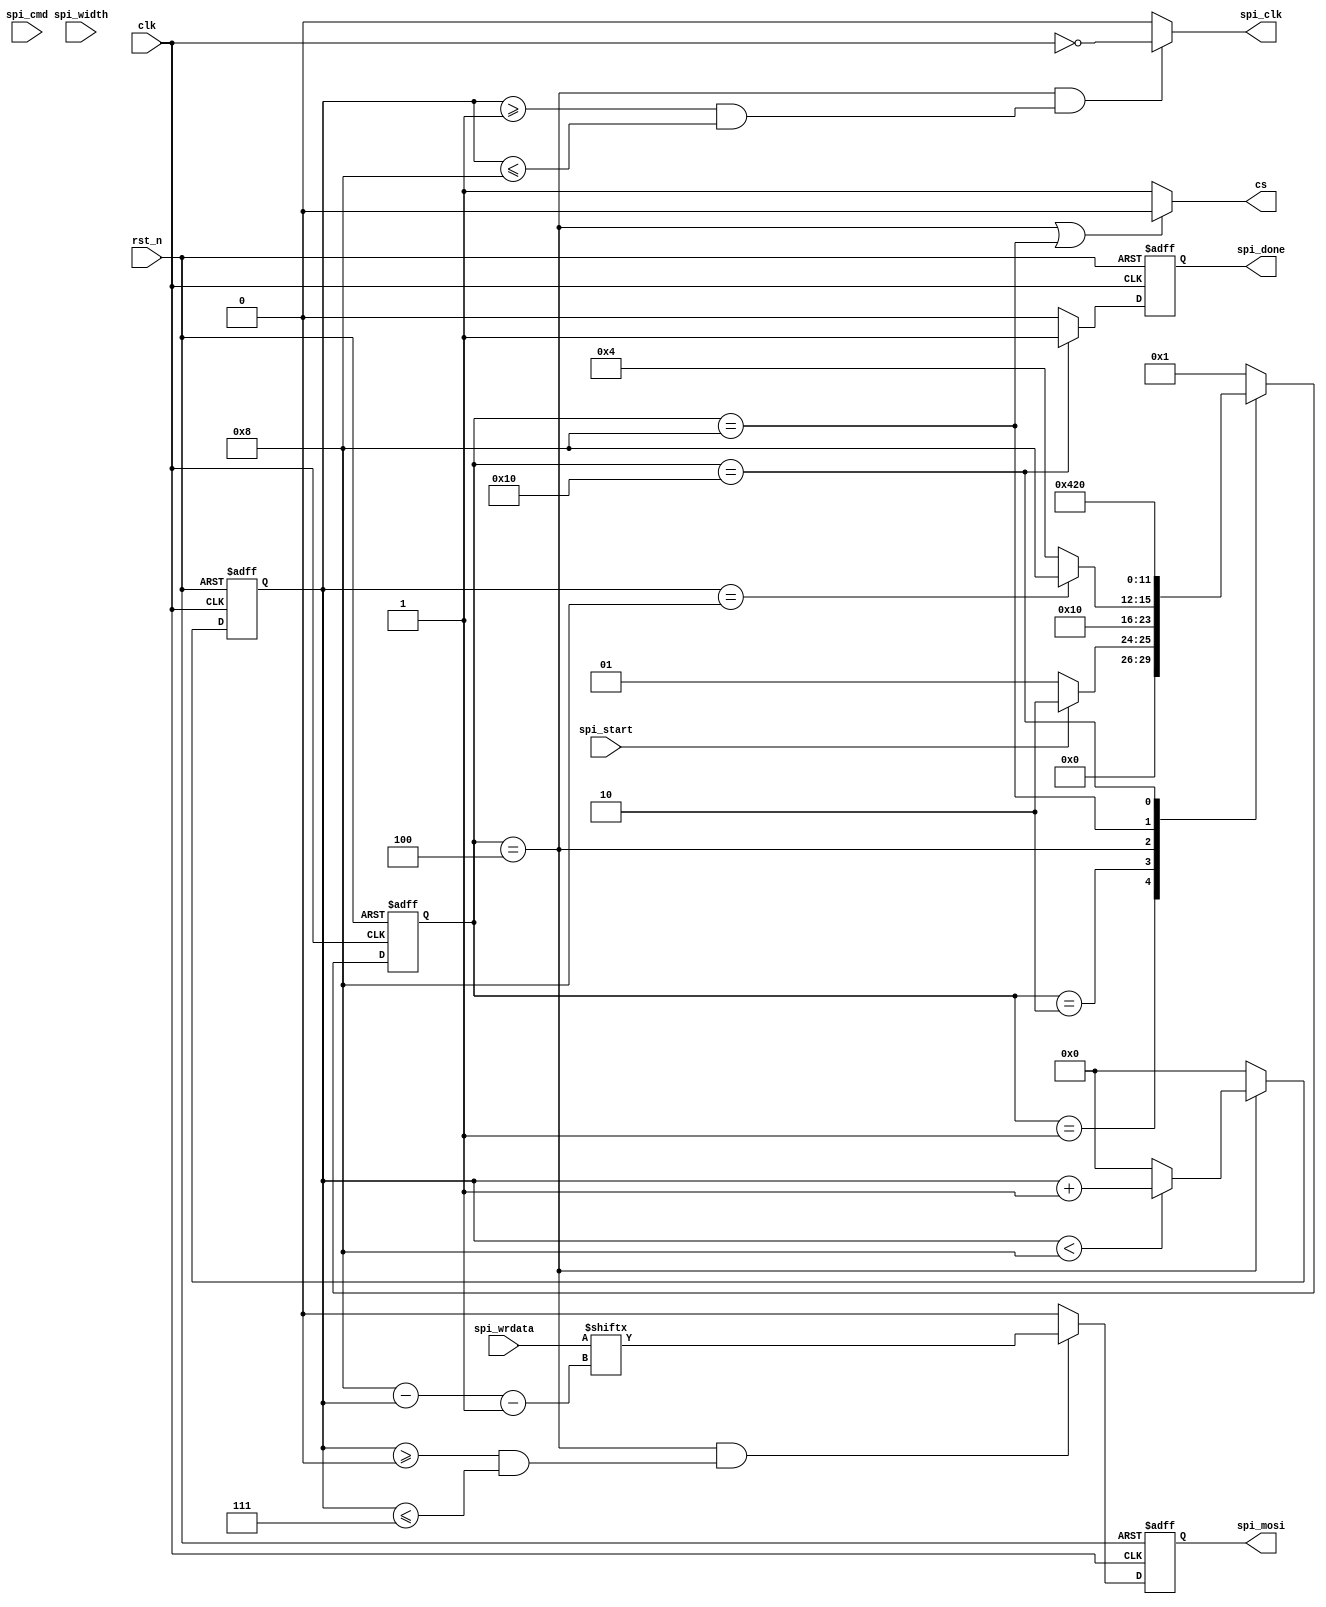
// This is a simple example.
// You can make a your own header file and set its path to settings.
// (Preferences > Package Settings > Verilog Gadget > Settings - User)
//
//		"header": "Packages/Verilog Gadget/template/verilog_header.v"
//
// -----------------------------------------------------------------------------
// Copyright (c) 2014-2023 All rights reserved
// -----------------------------------------------------------------------------
// Create : 2023-09-07 17:18:05
// Revise : 2023-09-07 17:18:05
// Editor : sublime text4, tab size (4)
// Descri : SPICPOL = 0CPHA = 0W25Q16
//			06hC7hchip eraseWEL
// -----------------------------------------------------------------------------
module SPI_X8 
#(
	parameter cnt_max = 8'd8
)
(
	input clk,
	input rst_n,
	input spi_start,
	input [1:0] spi_cmd,
	input [7:0] spi_wrdata,
	input [7:0] spi_width,
	output spi_clk,
	output cs,
	output reg spi_mosi,
	output reg spi_done
);

	wire clk_n;
	reg [5:0] state;
	reg [7:0] cnt;
	wire clk_en;

	//
	parameter IDLE = 6'b000_001;
	parameter S0 = 6'b000_010;
	parameter S1 = 6'b000_100;
	parameter S2 = 6'b001_000;
	parameter S3 = 6'b010_000;
	parameter S4 = 6'b100_000;

	assign clk_n = !clk;

	/*state transition logic*/
	always @(posedge clk or negedge rst_n) begin
		if(~rst_n) begin
			state <= IDLE;
		end else begin
			case(state)
				IDLE : state <= (spi_start) ? S0 : IDLE;
				S0 : state <= S1;
				S1 : state <= (cnt == cnt_max) ? S2 : S1;
				S2 : state <= S3;
				S3 : state <= S4;
				S4 : state <= IDLE;
				default : state <= IDLE;
			endcase
		end
	end

	/*temp cnt*/
	always @(posedge clk or negedge rst_n) begin
		if(~rst_n) begin
			cnt <= 8'd0;
		end else begin
			case(state)
				S1 : cnt <= (cnt < cnt_max) ? cnt + 8'd1 : 8'd0;
				default : cnt <= 8'd0;
			endcase
		end
	end

	assign clk_en = (state == S1) ? 1'd1 : 1'd0;

	assign cs = (state == S1 || state == S2) ? 1'd0 : 1'd1;

	assign spi_clk = (state == S1 && (cnt >= 8'd1 && cnt <= cnt_max)) ? clk_n : 1'd0;

	always @(posedge clk or negedge rst_n) begin
		if(!rst_n) begin
			spi_mosi = 1'd1;
		end else begin
			spi_mosi = (state == S1 && (cnt >= 8'd0 && cnt <= cnt_max - 8'd1)) ? spi_wrdata[cnt_max - cnt - 8'd1] : 1'd0;

		end
	end


	always @(posedge clk or negedge rst_n) begin
		if(!rst_n) begin
			spi_done = 1'd1;
		end else begin
			spi_done = (state == S3) ? 1'd1 : 1'd0; 
		end
	end

endmodule